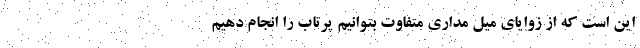
این است که از زوایای میل مداری متفاوت بتوانیم پرتاب را انجام دهیم